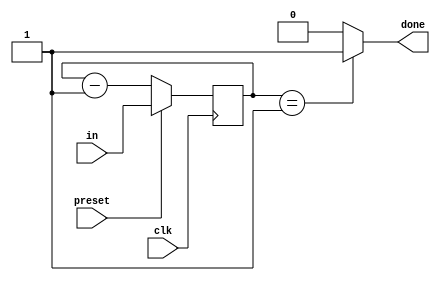
`timescale 1ns / 1ps
//////////////////////////////////////////////////////////////////////////////////
// Company: 
// Engineer: 
// 
// Design Name: 
// Module Name:    down_counter 
// Project Name: 
// Target Devices: 
// Tool versions: 
// Description: 
//
// Dependencies: 
//
// Revision: 
// Revision 0.01 - File Created
// Additional Comments: 
//
//////////////////////////////////////////////////////////////////////////////////
module down_counter(
    input clk,
    input preset,
	 input [5:0] in,
	 output done
    );
	 reg [5:0] out;
	 always@(posedge clk) begin
		if (preset) out <= in;
		else out <= out - 1 ;
	 end
		assign done = (out==1)? 1:0;
endmodule